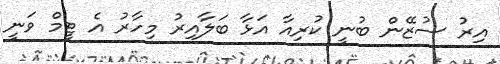
އިރު ސުޒޭން ބުނީ ކުރިއާ އަޅާ ބަލާއިރު މިހާރު އެ ޓީމް ވަނީ